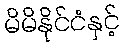
မိမိနိုင်ငံနှင့်